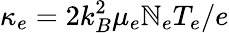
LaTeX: \kappa_{e}=2k_{B}^{2}{\mu_{e}}{\mathbb{N}_{e}}{T}_{e}/e